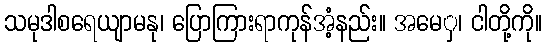
သမုဒါစရေယျာမနု၊ ပြောကြားရာကုန်အံ့နည်း။ အမေှ၊ ငါတို့ကို။